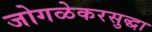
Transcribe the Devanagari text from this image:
जोगळेकरसुद्धा